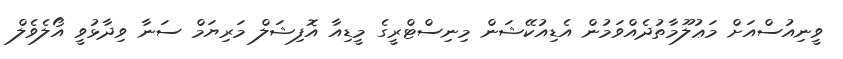
ވީނިއުސްއަށް މަޢުލޫމާތުދެއްވަމުން އެޑިއުކޭޝަން މިނިސްޓްރީގެ މީޑިއާ އޮފިޝަލް މަރިޔަމް ސަނާ ވިދާޅުވީ އޯލެވެލް